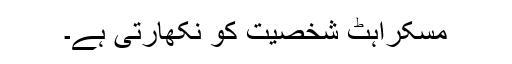
مسکراہٹ شخصیت کو نکھارتی ہے۔